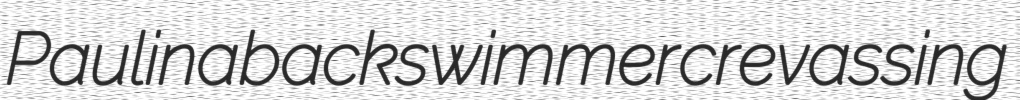
Paulina backswimmer crevassing